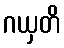
ဂယှတိ